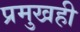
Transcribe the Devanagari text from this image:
प्रमुखही